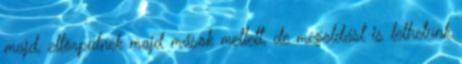
majd, eltörpülnek majd mások mellett, de megoldást is lelhetünk